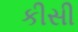
કીસી